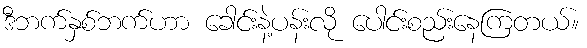
ဒီဘက်နှစ်ဘက်ဟာ ခေါင်းနဲ့ပန်းလို ပေါင်းစည်းနေကြတယ်။